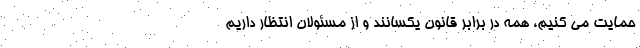
حمایت می کنیم، همه در برابر قانون یکسانند و از مسئولان انتظار داریم